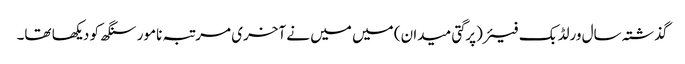
گذشتہ سال ورلڈ بک فیئر(پرگتی میدان) میں میں نے آخری مرتبہ نامور سنگھ کو دیکھا تھا۔